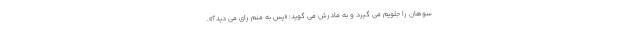
سوهان را جلویم می گیرد و به مادرش می گوید: «پس به منم رای می دید؟».